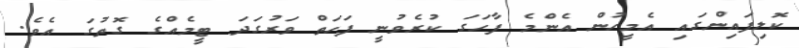
ކޮލިފައިންގައި އެމީހުން އެންމެ ފާހަގަ ކުރެވުނީ ފަހަތް ވަރުގަދަ ޓީމެއްގެ ގޮތުގަ އެވެ.